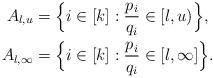
LaTeX: \begin{align*}A_{l,u} & = \Big\{ i \in [k]: \frac{p_i}{q_i} \in [l,u) \Big\}, \\A_{l,\infty} & = \Big\{ i \in [k]: \frac{p_i}{q_i} \in [l,\infty] \Big\}.\end{align*}